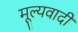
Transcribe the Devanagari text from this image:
मूल्यवादी